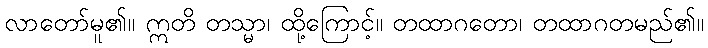
လာတော်မူ၏။ ဣတိ တသ္မာ၊ ထို့ကြောင့်။ တထာဂတော၊ တထာဂတမည်၏။